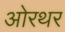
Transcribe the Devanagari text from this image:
ओरथर